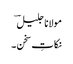
مولانا جلیل ؔ
نکاتِ سخن ۔